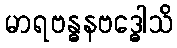
မာရဗန္ဓနဗဒ္ဓေါသိ